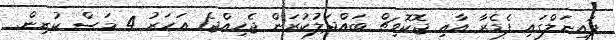
ފައިނަލްގައި ފެޑެރާ އާއި ޖޮކޮވިޗް ބައްދަލުކުރަން ޖެހިއްޖެ1 އަހަރު 4 މަސް ކުރިން.